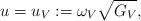
LaTeX: \begin{align*}u=u_V:=\omega_V\sqrt{G_V},\end{align*}